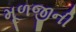
મૂળજીની